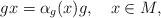
LaTeX: \begin{align*}gx=\alpha_g(x)g,\ \ \ x\in M,\end{align*}